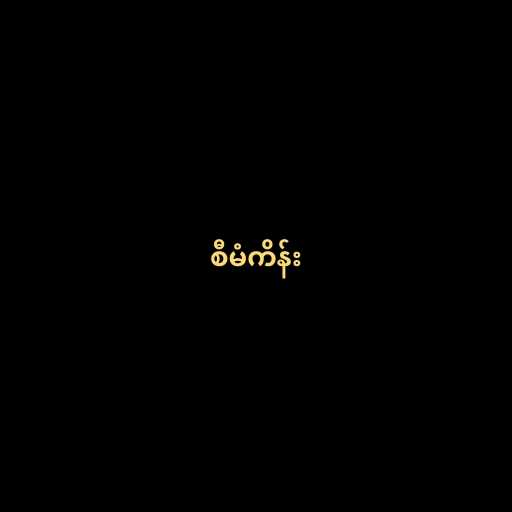
စီမံကိန်း